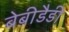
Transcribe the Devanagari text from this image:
बेबीडैडी